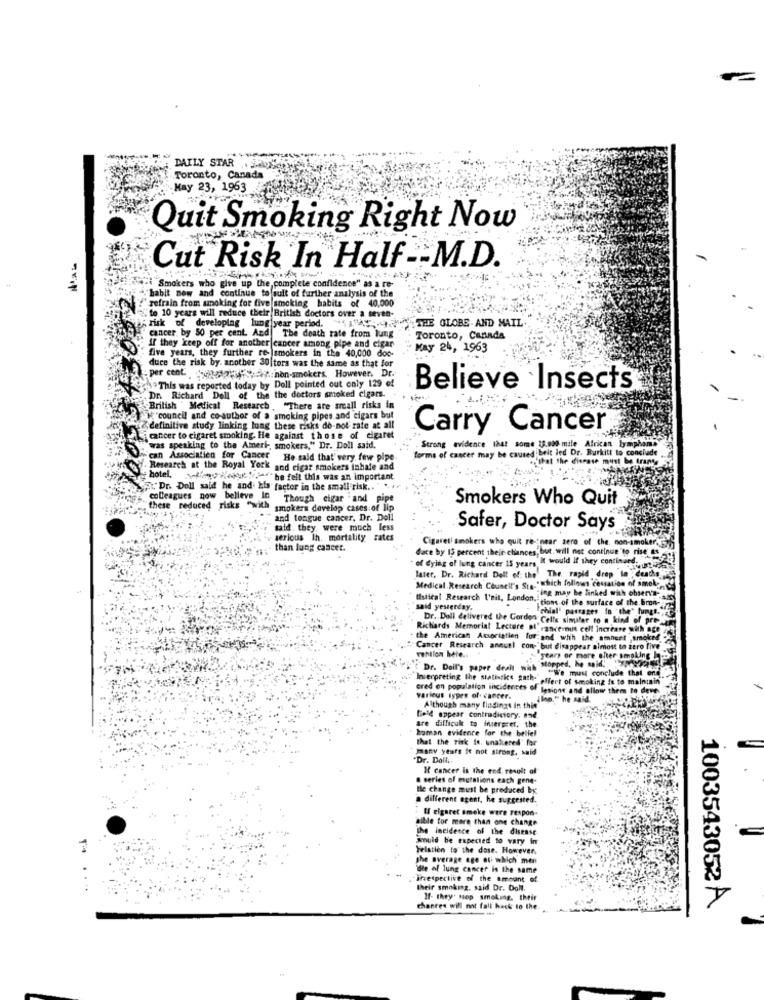
DAILY STAR . S.
Toronto, Canada
May 23, 1963
Quit Smoking Right Now
Cut Risk In Half -- M.D.
habit new and continue tofsult of further analysis of the
Smokers who give up the, complete confidence" as a re-
refrain from smoking for five smoking habits of 40,000
"to 10 years will reduce their British doctors over a seven-
risk of developing lung|year period.
HAHA.THE GLOBE. AND MAIL
cancer. by 50 per cent. And The death rate from lung
if they keep off for another |cancer among pipe and cigar
Toronto, Canada
five years, they further re- smokers in the 40,000 doc-
May 24, 1963
duce the risk by. another 30|tors was the same as that for
per cent uszkafases non-smokers. However. Dr.
This was reported today by Doll pointed out only 129 of
Believe Insects
the the doctors smoked cigars.
British " Medical Research . "There are small risks in
M:"council and co-author of a smoking pipes and cigars but
definitive study linking lung these risks do not rate at all
Carry Cancer
cancer to cigaret smoking. He against those of cigaret
was speaking to the Ameri -, smokers," Dr. Doll said,
forms of cancer may be caused beit led Dr. Burkitt to conclude
. Strong evidence that some 13.000 mile African bychom
can Associatien for Cancer
He said that very fewe pipe
+that the cierase must be trans
hotel.
Research at the Royal York and cigar smokers inhale and
"he felt this was an important.
","Dr. Doll said he and his factor in the small risk .. "".1.
colleagues now believe In
Though cigar and pipe
Smokers Who Quit
these reduced risks "with smokers develop cases of lip
and tongue cancer, Dr. Doll
said. they, were much less
Safer, Doctor Says
serious In. mortality rates
Cigareti smokers who quit re- near zero of the. non-smoke
than lung cancer.
face by 15 percent their chances; but. will not continue to rise es
of dying of lung cancer 15 years, it would if they continued.
later, Dr. Richard Dell of the' The rapid drep la deaths
Medical Research Council's Sta "which follows cessation of smoke
Fing may be linked with observa-
Istical Research l'nil, London ,!
"tions of the surface of the bron-
said yesterday,
"chial' passages fa
Dr. Dall delivered the Cordon Cells similar to a kind of pre-
Richards Memorial Lecture al rancemut cell Increase with age
the American Association for and whh the ambert ,smoked
Cancer Research annuel con- but disappear almost in zero five
vention beie ..
"stopped, he said,"
"years or more efter smoking -
Dr. Doil's paper dealt with
We must conclude that end
Interpreting the statistics gathe effect of smoking is to maintain
cred on population incidentes of lesions and allow them to deve
various types of cancer.
(Inn." he said.
Although many findings in thin"
field appear contradictory. and.
human evidence for the bellel
are difficult to friergret. the.
that the risk de. unaltered' for
many years it not strong, said
"Dr. Dolli.
If cancer is the end result of
series of mutations each gene-
Ile change must be produced by
a different agent, he suggested.
If cigaret smoke were respon-
Bible for more than one change
2.
the incidence of the disease
would be expected to vary in
Felatien to the dose. However
the average age of which men
"de of lung cancer is the same
"ifrespective of the amount of
their smokmg, said Dr. Doll.
If- they. stop smoking, their
chances will not fall back to the.
1003543052 A